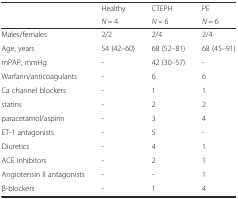
<table><thead><tr><td rowspan="2"></td><td><b>Healthy</b></td><td><b>CTEPH</b></td><td><b>PE</b></td></tr><tr><td><b><i>N</i> = 4</b></td><td><b><i>N</i> = 6</b></td><td><b><i>N</i> = 6</b></td></tr></thead><tbody><tr><td>Males/females</td><td>2/2</td><td>2/4</td><td>2/4</td></tr><tr><td>Age, years</td><td>54 (42–60)</td><td>68 (52–81)</td><td>68 (45–91)</td></tr><tr><td>mPAP, mmHg</td><td>-</td><td>42 (30–57)</td><td>-</td></tr><tr><td>Warfarin/anticoagulants</td><td>-</td><td>6</td><td>6</td></tr><tr><td>Ca channel blockers</td><td>-</td><td>1</td><td>1</td></tr><tr><td>statins</td><td>-</td><td>2</td><td>2</td></tr><tr><td>paracetamol/aspirin</td><td>-</td><td>3</td><td>4</td></tr><tr><td>ET-1 antagonists</td><td>-</td><td>5</td><td>-</td></tr><tr><td>Diuretics</td><td>-</td><td>4</td><td>1</td></tr><tr><td>ACE inhibitors</td><td>-</td><td>2</td><td>1</td></tr><tr><td>Angiotensin II antagonists</td><td>-</td><td>-</td><td>1</td></tr><tr><td>β-blockers</td><td>-</td><td>1</td><td>4</td></tr></tbody></table>